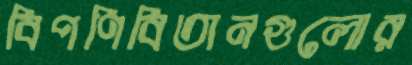
বিপণিবিতানগুলোর